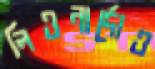
লিওনার্দোও